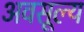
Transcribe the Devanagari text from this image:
अवसूल्य